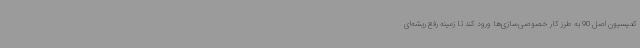
کمیسیون اصل 90 به طرز کار خصوصی‌سازی‌ها ورود کند تا زمینه رفع ریشه‌ای